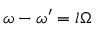
\omega - \omega ^ { \prime } = l \Omega